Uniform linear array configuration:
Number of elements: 32
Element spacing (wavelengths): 0.25
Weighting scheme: exponential
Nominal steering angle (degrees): -15
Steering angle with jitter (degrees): -16.004
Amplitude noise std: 0.05
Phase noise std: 0.05

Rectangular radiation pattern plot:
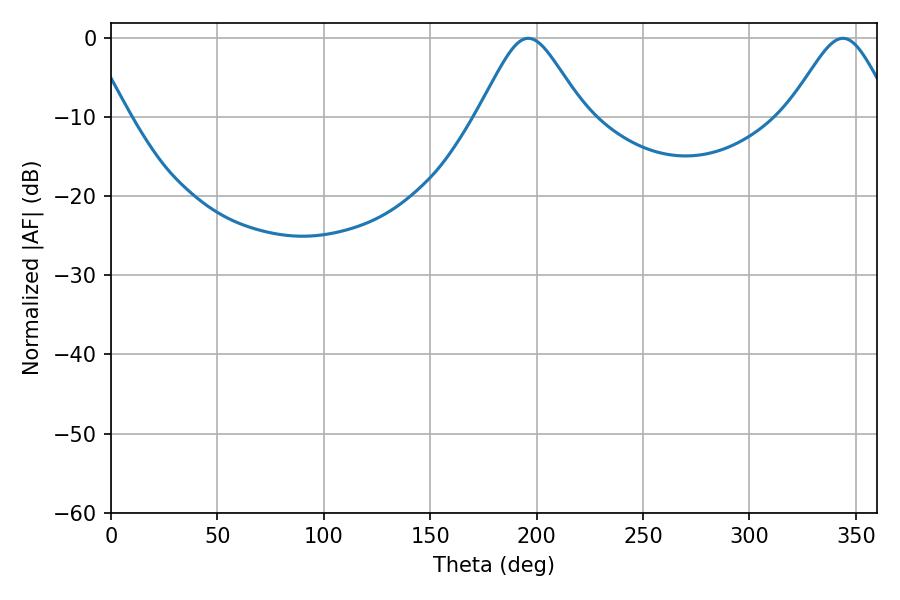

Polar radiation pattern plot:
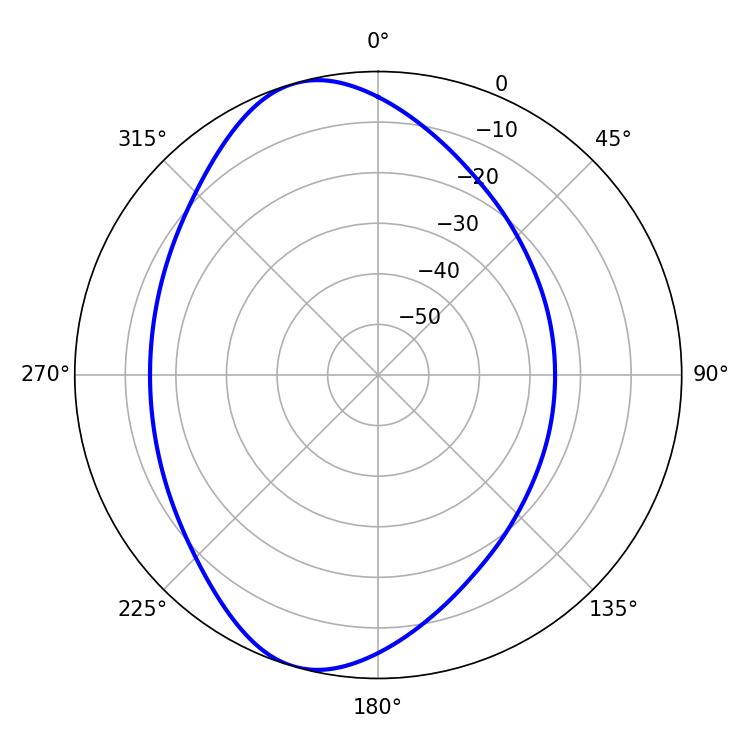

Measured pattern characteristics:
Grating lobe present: FALSE
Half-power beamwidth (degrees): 24.12
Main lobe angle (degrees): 196.02